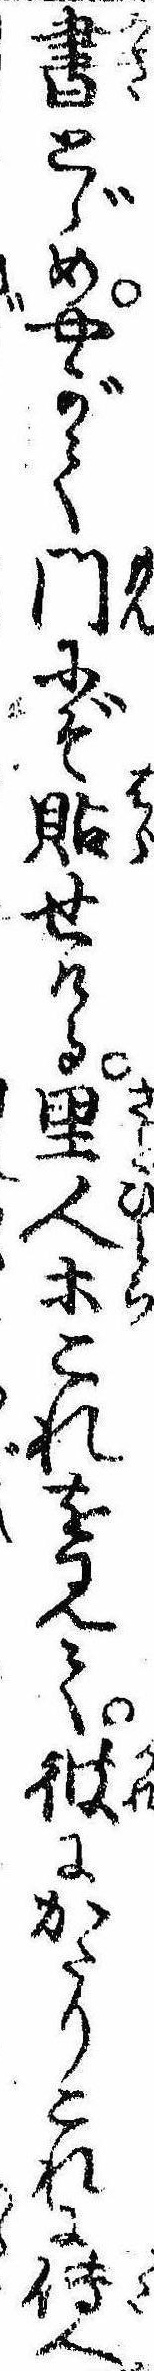
書とゞめやがて門にぞ貼せける里人等これを見て彼にかたりこれに伝へ